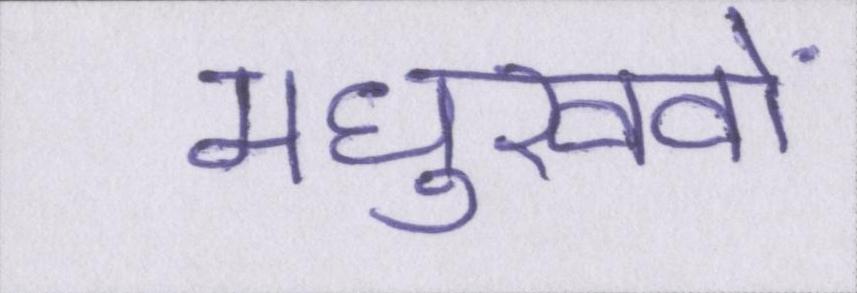
मधुखवों